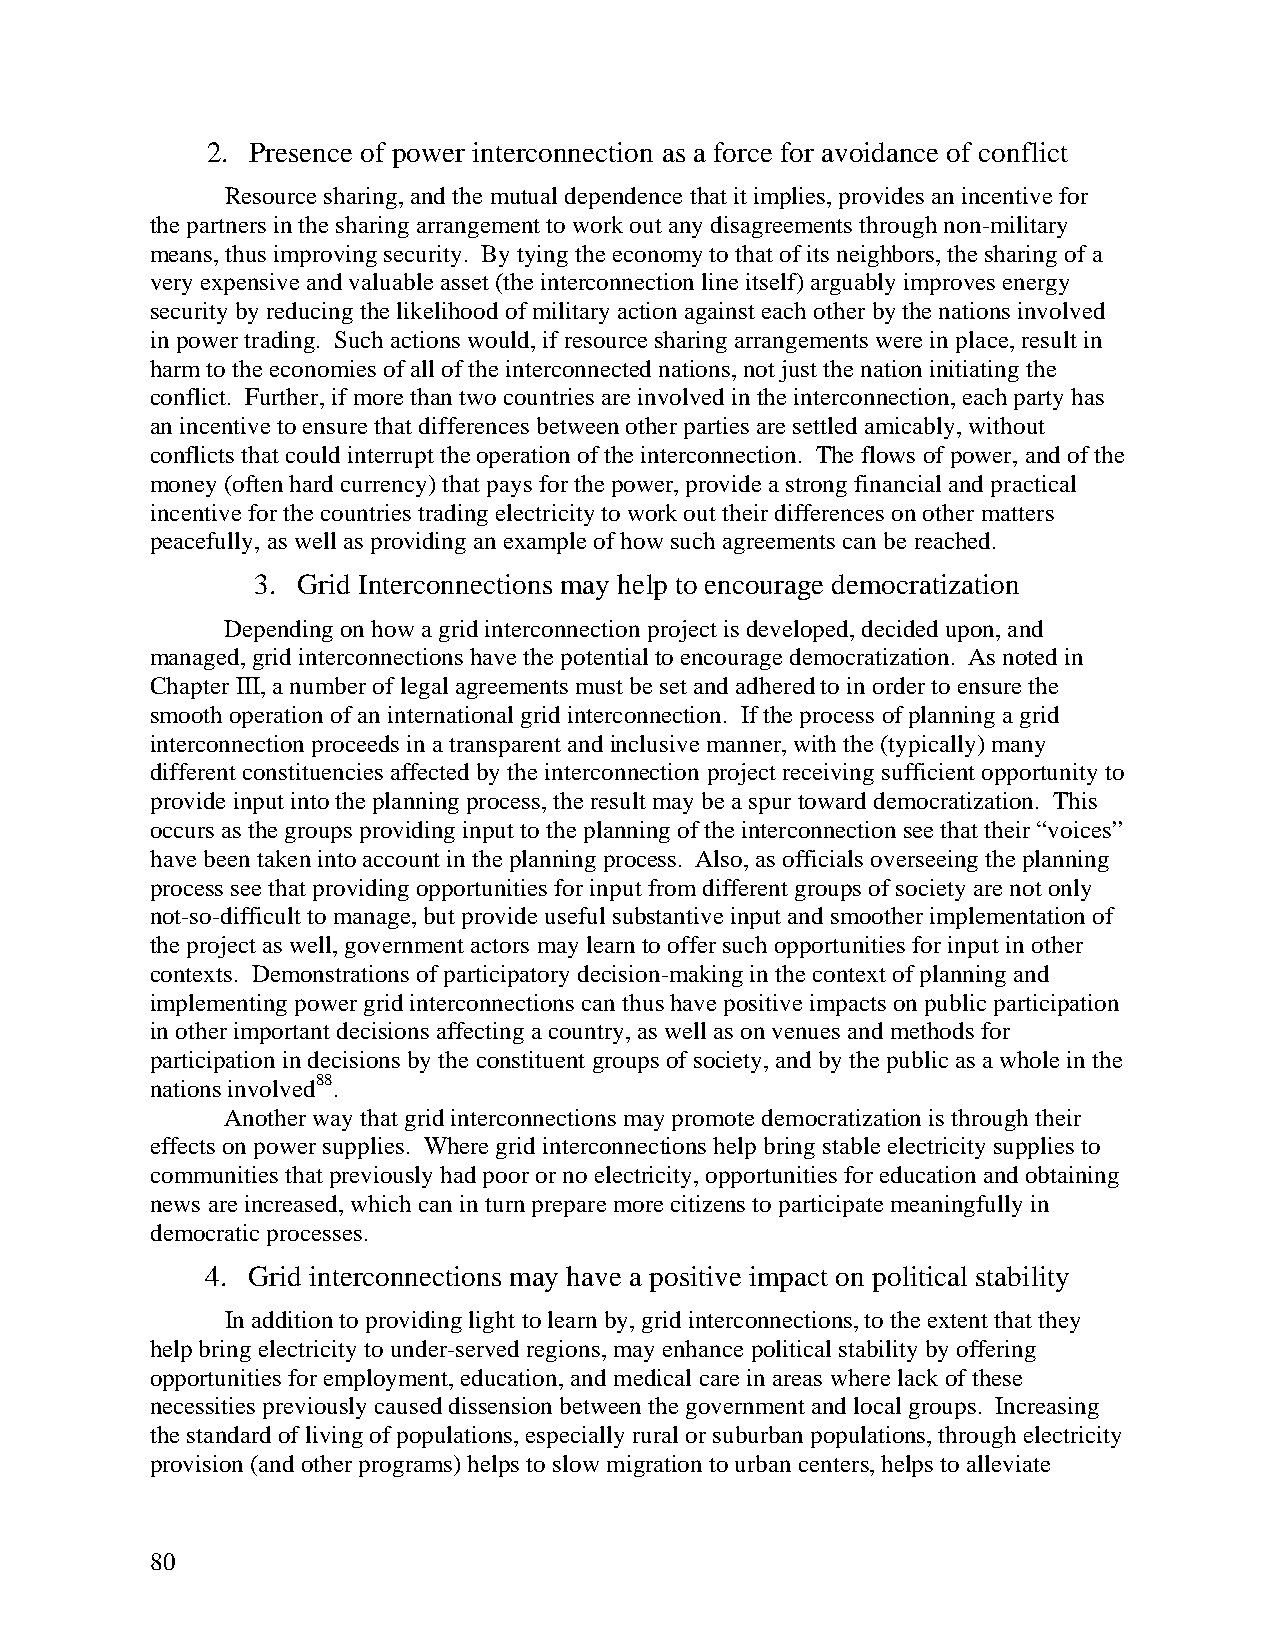
2. Presence of power interconnection as a force for avoidance of conflict
 Resource sharing, and the mutual dependence that it implies, provides an incentive for
 the partners in the sharing arrangement to work out any disagreements through non-military
 means, thus improving security. By tying the economy to that of its neighbors, the sharing of a
 very expensive and valuable asset (the interconnection line itself) arguably improves energy
 security by reducing the likelihood of military action against each other by the nations involved
 in power trading. Such actions would, if resource sharing arrangements were in place, result in
 harm to the economies of all of the interconnected nations, not just the nation initiating the
 conflict. Further, if more than two countries are involved in the interconnection, each party has
 an incentive to ensure that differences between other parties are settled amicably, without
 conflicts that could interrupt the operation of the interconnection. The flows of power, and of the
 money (often hard currency) that pays for the power, provide a strong financial and practical
 incentive for the countries trading electricity to work out their differences on other matters
 peacefully, as well as providing an example of how such agreements can be reached.
 3. Grid Interconnections may help to encourage democratization
 Depending on how a grid interconnection project is developed, decided upon, and
 managed, grid interconnections have the potential to encourage democratization. As noted in
 Chapter III, a number of legal agreements must be set and adhered to in order to ensure the
 smooth operation of an international grid interconnection. If the process of planning a grid
 interconnection proceeds in a transparent and inclusive manner, with the (typically) many
 different constituencies affected by the interconnection project receiving sufficient opportunity to
 provide input into the planning process, the result may be a spur toward democratization. This
 occurs as the groups providing input to the planning of the interconnection see that their “voices”
 have been taken into account in the planning process. Also, as officials overseeing the planning
 process see that providing opportunities for input from different groups of society are not only
 not-so-difficult to manage, but provide useful substantive input and smoother implementation of
 the project as well, government actors may learn to offer such opportunities for input in other
 contexts. Demonstrations of participatory decision-making in the context of planning and
 implementing power grid interconnections can thus have positive impacts on public participation
 in other important decisions affecting a country, as well as on venues and methods for
 participation in decisions by the constituent groups of society, and by the public as a whole in the
 nations involved88.
 Another way that grid interconnections may promote democratization is through their
 effects on power supplies. Where grid interconnections help bring stable electricity supplies to
 communities that previously had poor or no electricity, opportunities for education and obtaining
 news are increased, which can in turn prepare more citizens to participate meaningfully in
 democratic processes.
 4. Grid interconnections may have a positive impact on political stability
 In addition to providing light to learn by, grid interconnections, to the extent that they
 help bring electricity to under-served regions, may enhance political stability by offering
 opportunities for employment, education, and medical care in areas where lack of these
 necessities previously caused dissension between the government and local groups. Increasing
 the standard of living of populations, especially rural or suburban populations, through electricity
 provision (and other programs) helps to slow migration to urban centers, helps to alleviate
 80